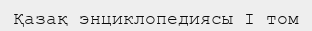
Қазақ энциклопедиясы I том